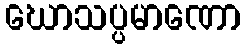
ဃောသပ္ပမာဏော